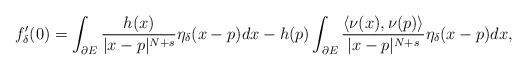
LaTeX: \begin{align*}f_\delta'(0)&=\int_{\partial E}\frac{h(x)}{|x-p|^{N+s}} \eta_\delta(x-p)dx-h(p)\int_{\partial E} \frac{\langle \nu(x) ,\nu(p) \rangle }{|x-p|^{N+s}}\eta_\delta(x-p) dx,\end{align*}